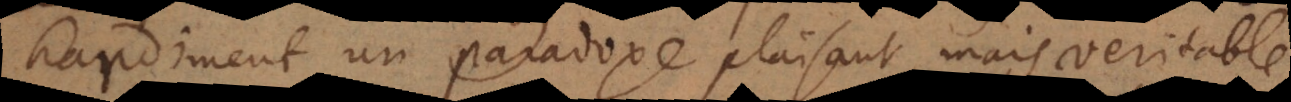
hardiment un paradoxe plaisant, mais veritable